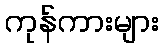
ကုန်ကားများ